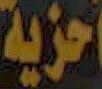
احزية